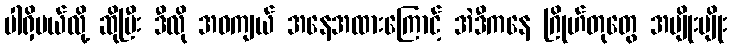
ပါရှိမယ်လို့ ဆိုပြီး ဒီလို အဝကျယ် အနေအထားကြောင့် အဲဒီကနေ ဂြိုဟ်တုတွေ အမျိုးမျိုး